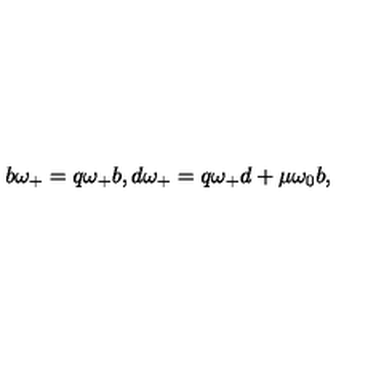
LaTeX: b \omega _ { + } = q \omega _ { + } b , d \omega _ { + } = q \omega _ { + } d + \mu \omega _ { 0 } b ,